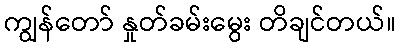
ကျွန်တော် နှုတ်ခမ်းမွေး တိချင်တယ်။